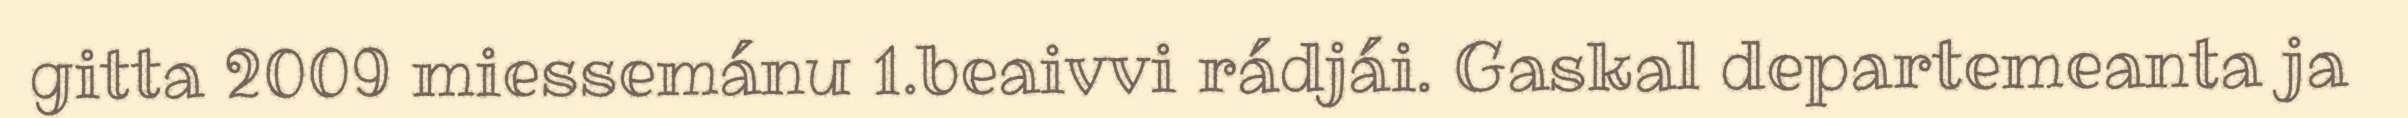
gitta 2009 miessemánu 1.beaivvi rádjái. Gaskal departemeanta ja